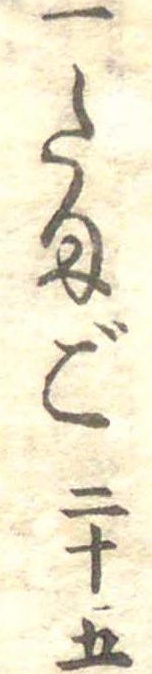
一たまご二十五